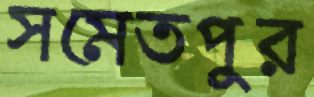
সমেতপুর